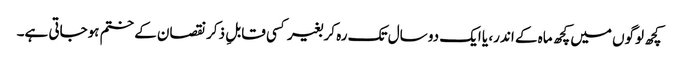
کچھ لوگوں میں کچھ ماہ کے اندر، یا ایک دو سال تک رہ کر بغیر کسی قابلِ ذکر نقصان کے ختم ہوجاتی ہے۔